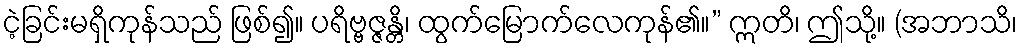
ငဲ့ခြင်းမရှိကုန်သည် ဖြစ်၍။ ပရိဗ္ဗဇ္ဇန္တိ၊ ထွက်မြောက်လေကုန်၏။” ဣတိ၊ ဤသို့။ (အဘာသိ၊